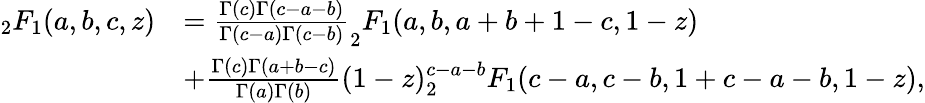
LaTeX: \begin{array}{rl}{_{2}F_{1}(a,b,c,z)}&{=\frac{\Gamma(c)\Gamma(c-a-b)}{\Gamma(c-a)\Gamma(c-b)}_{2}F_{1}(a,b,a+b+1-c,1-z)}\\ &{+\frac{\Gamma(c)\Gamma(a+b-c)}{\Gamma(a)\Gamma(b)}(1-z)^{c-a-b}_{2}F_{1}(c-a,c-b,1+c-a-b,1-z),}\end{array}